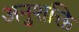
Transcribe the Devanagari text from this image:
अनुशक्ति